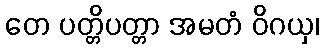
တေ ပတ္တိပတ္တာ အမတံ ဝိဂယှ၊